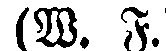
(W. F.